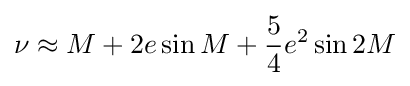
\nu \approx M+2e\sin {M}+{\frac {5}{4}}e^{2}\sin {2M}